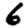
Digit: 6